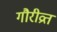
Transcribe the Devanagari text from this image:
गौरीव्रत